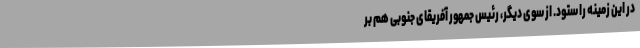
در این زمینه را ستود. از سوی دیگر، رئیس جمهور آفریقای جنوبی هم بر